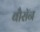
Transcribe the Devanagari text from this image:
बौरॉन